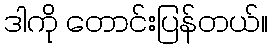
ဒါကို တောင်းပြန်တယ်။